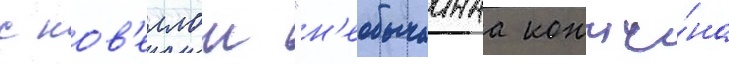
с нов'еллои "н'еобычаинаа кончи́на